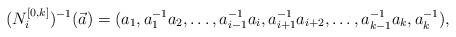
LaTeX: \begin{align*}(N^{[0,k]}_{i})^{-1}(\vec a)=(a_{1},a_{1}^{-1}a_{2},\dotsc,a_{i-1}^{-1}a_{i},a_{i+1}^{-1}a_{i+2},\dotsc,a_{k-1}^{-1}a_{k},a_{k}^{-1}),\end{align*}